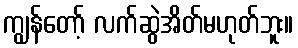
ကျွန်တော့် လက်ဆွဲအိတ်မဟုတ်ဘူး။